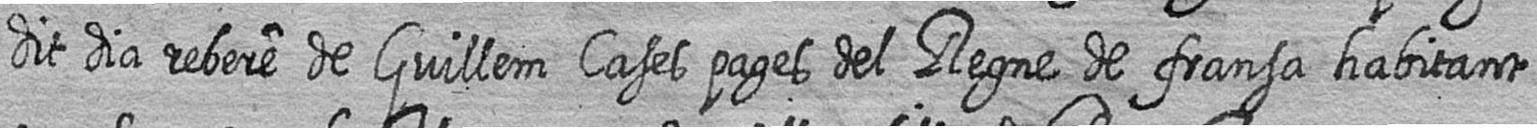
dit dia rebere de Guillem Cases pages del Regne de fransa habitant